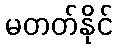
မတတ်နိုင်